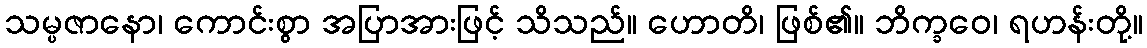
သမ္ပဇာနော၊ ကောင်းစွာ အပြာအားဖြင့် သိသည်။ ဟောတိ၊ ဖြစ်၏။ ဘိက္ခဝေ၊ ရဟန်းတို့။